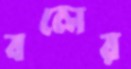
বলের